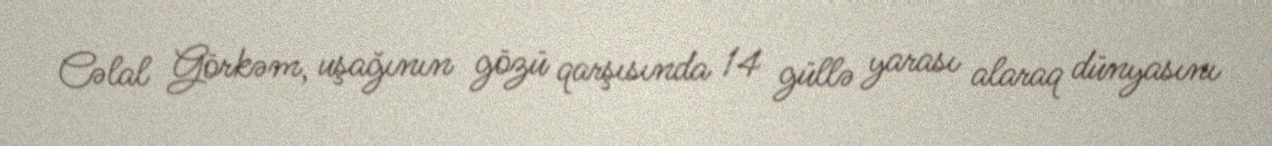
Cəlal Görkəm, uşağının gözü qarşısında 14 güllə yarası alaraq dünyasını